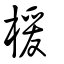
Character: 楥